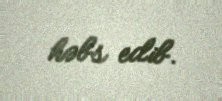
həbs edib.